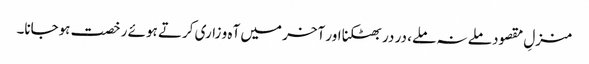
منزلِ مقصود ملے نہ ملے، در در بھٹکنا اور آخر میں آہ و زاری کرتے ہوئے رخصت ہوجانا۔